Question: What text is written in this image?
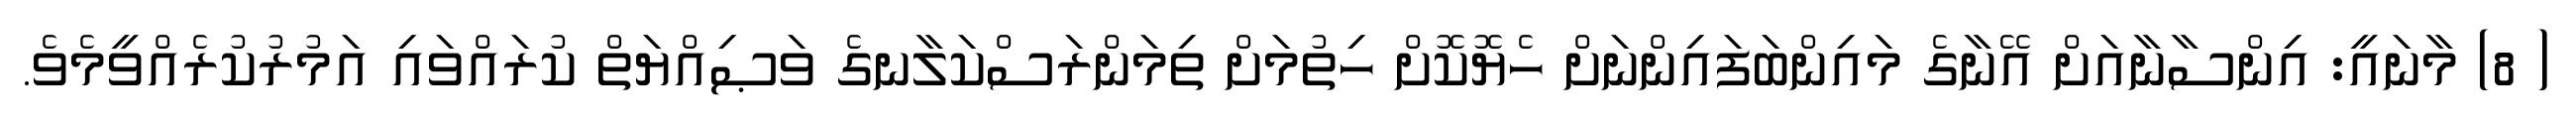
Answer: ( 8) މާނައީ: އިންސާނާއަށް އޭނާގެ މައިންބަފައިންނަށް ހެޔޮކޮށް ހިތުމަށް ތިމަންރަސްކަލާނގެ ވަޞިއްޔަތް ކުރައްވައި އަމުރުކުރެއްވީމެވެ.